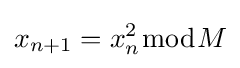
x_{n+1}=x_{n}^{2}{\bmod {M}}